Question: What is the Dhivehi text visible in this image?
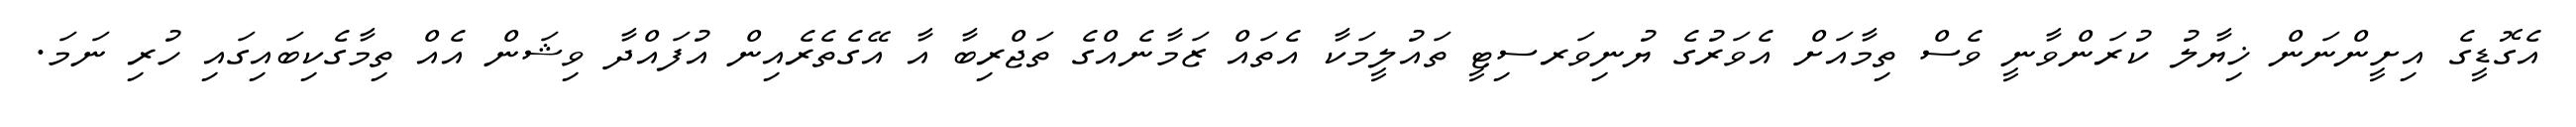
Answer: އެގޮޑީގެ އިށީންނަން ޚިޔާލު ކުރަންވާނީ ވެސް ތިމާއަށް އެވަރުގެ ޔުނިވަރސިޓީ ތައުލީމަކާ އެތައް ޒަމާނެއްގެ ތަޖްރިބާ އާ އޭގެތެރެއިން އުފައްދާ ވިޝަން އެއް ތިމާގެކިބައިގައި ހުރި ނަމަ.